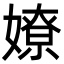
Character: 嫽